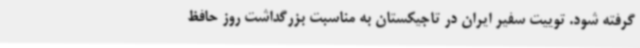
گرفته شود. توییت سفیر ایران در تاجیکستان به مناسبت بزرگداشت روز حافظ